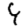
Digit: 9